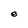
Character: e